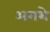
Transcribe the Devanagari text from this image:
अगशे